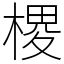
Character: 㮨